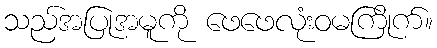
သည်အပြုအမူကို ဖေဖေလုံးဝမကြိုက်။